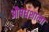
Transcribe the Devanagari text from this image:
औषधशाला